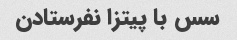
سس با پیتزا نفرستادن